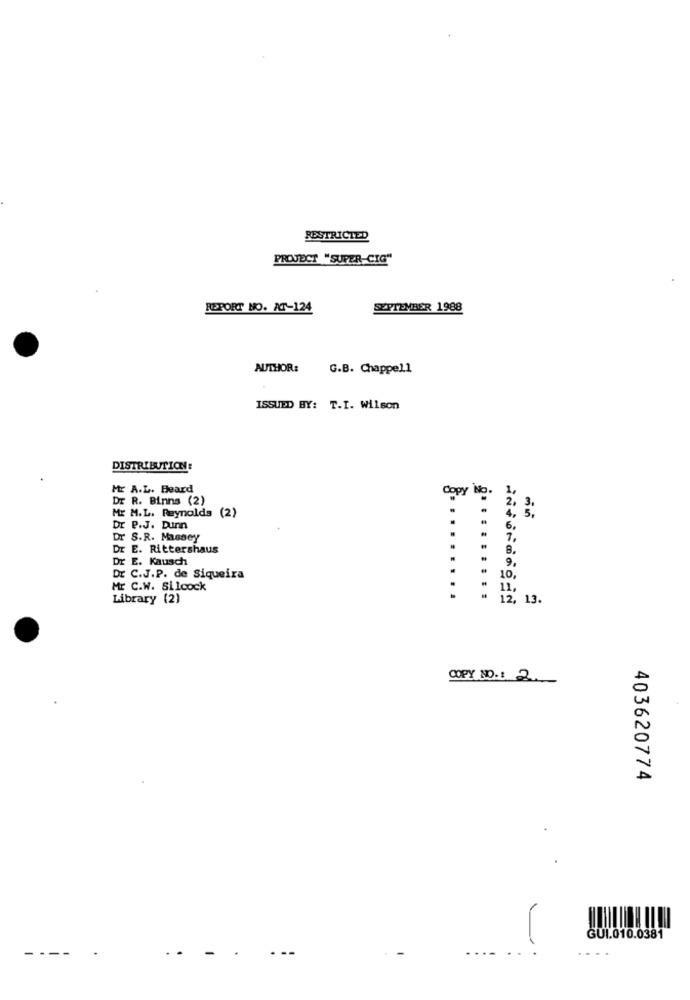
RESTRICTED
PROJECT "SUPER-CIG"
REPORT NO. AT-124
SEPTEMBER 1988
AUTHOR:
G.B. Chappell
ISSUED BY: T.I. Wilson
DISTRIBUTION:
Mr A.L. Beard
Copy No.
Dr R. Binns (2)
Mr M.L. Reynolds (2)
4.
.
Dr P.J. Dunn
Dr S.R. Massey
Dr E. Rittershaus
Dr E. Kausch
Dr C.J.P. de Siqueira
LO,
Mr C.W. Silcock
11,
Library (2)
12, 13.
COPY NO .: 2
403620774
GUI.010.0381
----
...
...